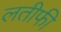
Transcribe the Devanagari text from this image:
लतीफी